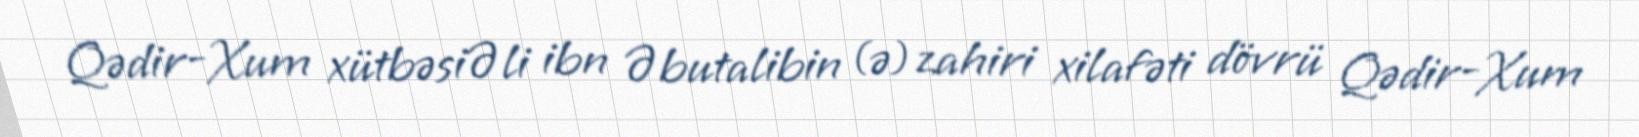
Qədir-Xum xütbəsiƏli ibn Əbutalibin (ə) zahiri xilafəti dövrü Qədir-Xum